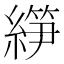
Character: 𰫰